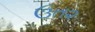
ઉત૨